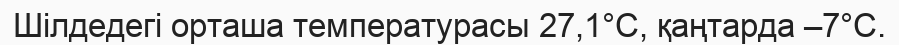
Шілдедегі орташа температурасы 27,1°С, қаңтарда –7°С.